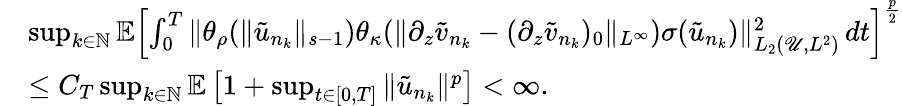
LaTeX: \begin{array}{rl}&{\operatorname*{sup}_{k\in\mathbb{N}}\mathbb{E}\left[\int_{0}^{T}\| \theta_{\rho}(\| \tilde{u}_{n_{k}}\| _{s-1})\theta_{\kappa}(\| \partial_{z}\tilde{v}_{n_{k}}-(\partial_{z}\tilde{v}_{n_{k}})_{0}\| _{L^{\infty}})\sigma(\tilde{u}_{n_{k}})\| _{L_{2}\left(\mathscr{U},L^{2}\right)}^{2}\, dt\right]^{\frac p2}}\\ &{\leq C_{T}\operatorname*{sup}_{k\in\mathbb{N}}\mathbb{E}\left[1+\operatorname*{sup}_{t\in[0,T]}\| \tilde{u}_{n_{k}}\| ^{p}\right]<\infty.}\end{array}